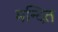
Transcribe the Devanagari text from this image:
मन्दित